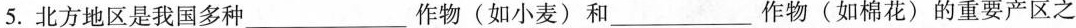
5.北方地区是我国多种___作物(如小麦)和___作物(如棉花)的重要产区之